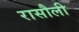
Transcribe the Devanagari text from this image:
रासौली